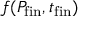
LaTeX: f ( P _ { \mathrm { f i n } } , t _ { \mathrm { f i n } } )